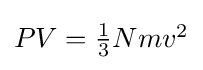
{\textstyle PV={\frac {1}{3}}Nmv^{2}}